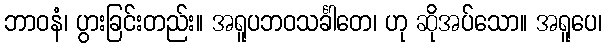
ဘာဝနံ၊ ပွားခြင်းတည်း။ အရူပဘဝသင်္ခါတေ၊ ဟု ဆိုအပ်သော။ အရူပေ၊